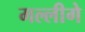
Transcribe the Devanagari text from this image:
मल्लीगे